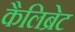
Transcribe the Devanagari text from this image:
कैलिब्रेट